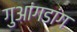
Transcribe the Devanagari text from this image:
गुआंगडांग